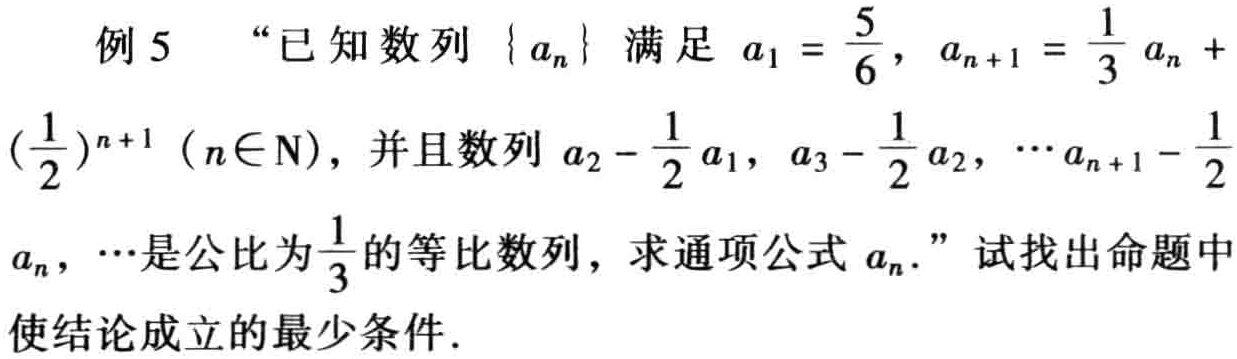
例 5 “已知数列\(\{ a_{n}\}\)满足\(a_{1}=\frac{5}{6}\)，\(a_{n + 1}=\frac{1}{3}a_{n}+(\frac{1}{2})^{n + 1}\)（\(n\in N\)），并且数列\(a_{2}-\frac{1}{2}a_{1}\)，\(a_{3}-\frac{1}{2}a_{2}\)，\(\cdots a_{n + 1}-\frac{1}{2}a_{n}\)，\(\cdots\)是公比为\(\frac{1}{3}\)的等比数列，求通项公式\(a_{n}\)。”试找出命题中使结论成立的最少条件.